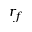
r _ { f }